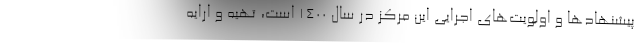
پیشنهادها و اولویت‌های اجرایی این مرکز در سال ۱۴۰۰ است، تهیه و ارایه